Document type: Grant of rights
Year: 1254
Scribe: Jaume de Port
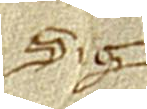
Sig